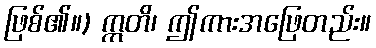
ဖြစ်၏။) ဣတိ၊ ဤကားအဖြေတည်း။